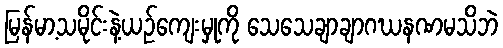
မြန်မာ့သမိုင်းနဲ့ယဉ်ကျေးမှုကို သေသေချာချာဂဃနဏမသိဘဲ